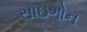
સાઇગોન